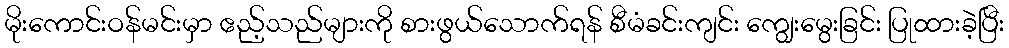
မိုးကောင်းဝန်မင်းမှာ ဧည့်သည်များကို စားဖွယ်သောက်ရန် စီမံခင်းကျင်း ကျွေးမွေးခြင်း ပြုထားခဲ့ပြီး